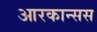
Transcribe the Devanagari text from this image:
आरकान्सस